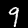
Label: 9